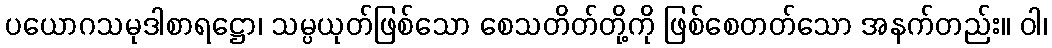
ပယောဂသမုဒါစာရဋ္ဌော၊ သမ္ပယုတ်ဖြစ်သော စေသတိတ်တို့ကို ဖြစ်စေတတ်သော အနက်တည်း။ ဝါ၊